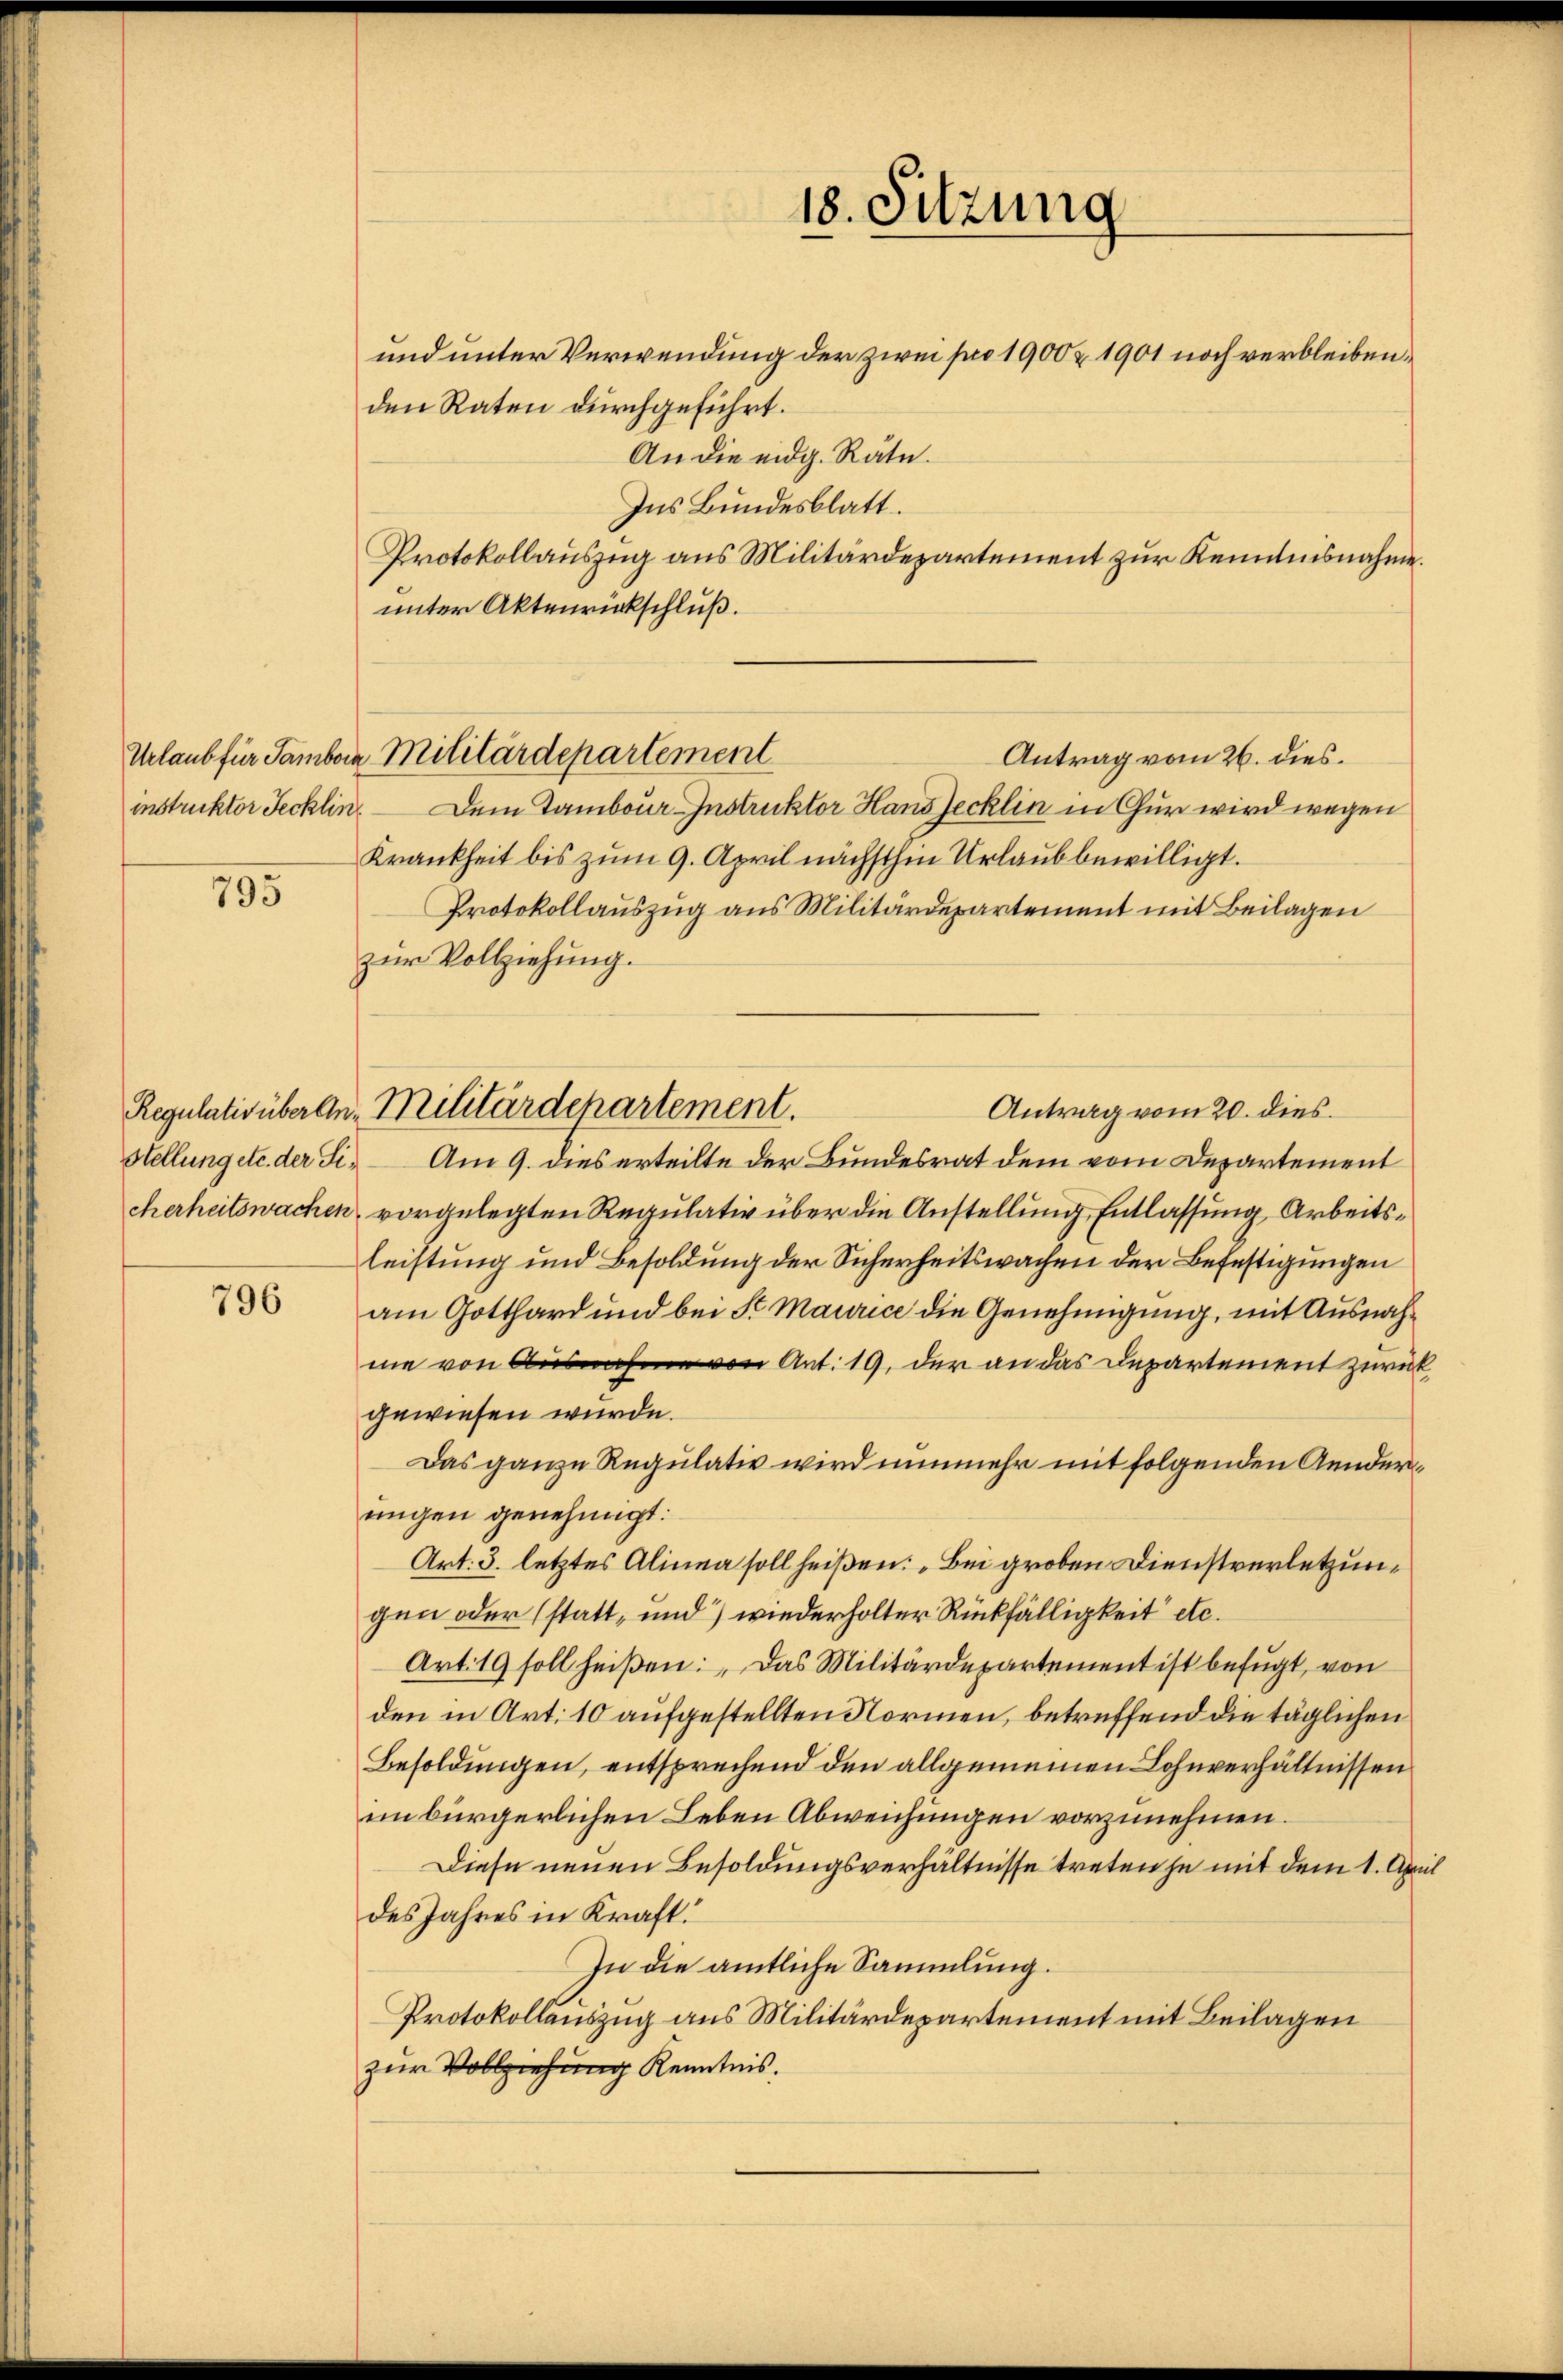
Urlaub für Tambora
instruktor Jecklin

795

796

18. Sitzung

und unter Verwendung der zwei pro 1900 & 1901 noch verbleiben,
den Raten durchgeführt.
An die eidg. Räte.
Ins Bundesblatt.
Protokollauszug aus Militärdepartement zur Kenntnisnahme.
unter Aktenrückschluß.
Dem Tambour Instruktor Hans Jecklin in Chur wird wegen
Krankheit bis zum 9. April nächsthin Urlaub bewilligt.
Protokollauszug aus Militärdepartement mit Beilagen
zur Vollziehung.
Antrag vom 20. dies
Stellung etc. der Si. Am 9. dies erteilte der Bundesrat dem vom Departement
cherheitswachen, vorgelegten Regulativ über die Anstellung Entlassung Arbeitsleistung und Besoldung der Sicherheitswachen der Befestigungen
am Gotthard und bei St. Maurice die Genehmigung, mit Ausnahme von Ausnahe von Ant. 19, der an das Departement zurück
gewiesen wurde.
Das ganze Regulativ wird nunmehr mit folgenden Aenderungen genehmigt:
Art: 3. letztes Alinea soll heißen: „Bei groben Dienstverletzung
gen oder (statt, und wiederholter Rückfälligkeit etc.
Art. 19 soll heißen: „Das Militärdepartement ist befugt, von
den in Art. 10 aufgestellten Normen, betreffend die täglichen
Besoldungen, entsprechend den allgemeinen Lohnverhältnissen
einbürgerlichen Leben Abweichungen vorzunehmen.
Diese neuen Besoldungsverhältnisse treten ja mit dem 1. Apr
des Jahres in Kraft.
In die amtliche Sammlung.
Protokollauszug aus Militärdepartement mit Beilagen
zur Vollziehung Kenntnis.

Militärdepartement
Antrag vom 26. dies

Regulativüberlin Militärdepartement.